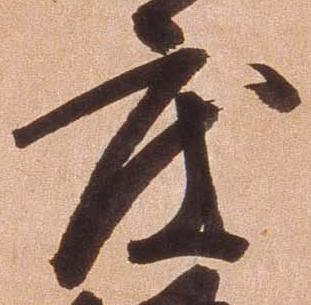
度